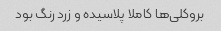
بروکلی‌ها کاملا پلاسیده و زرد رنگ بود